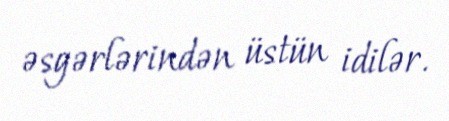
əsgərlərindən üstün idilər.